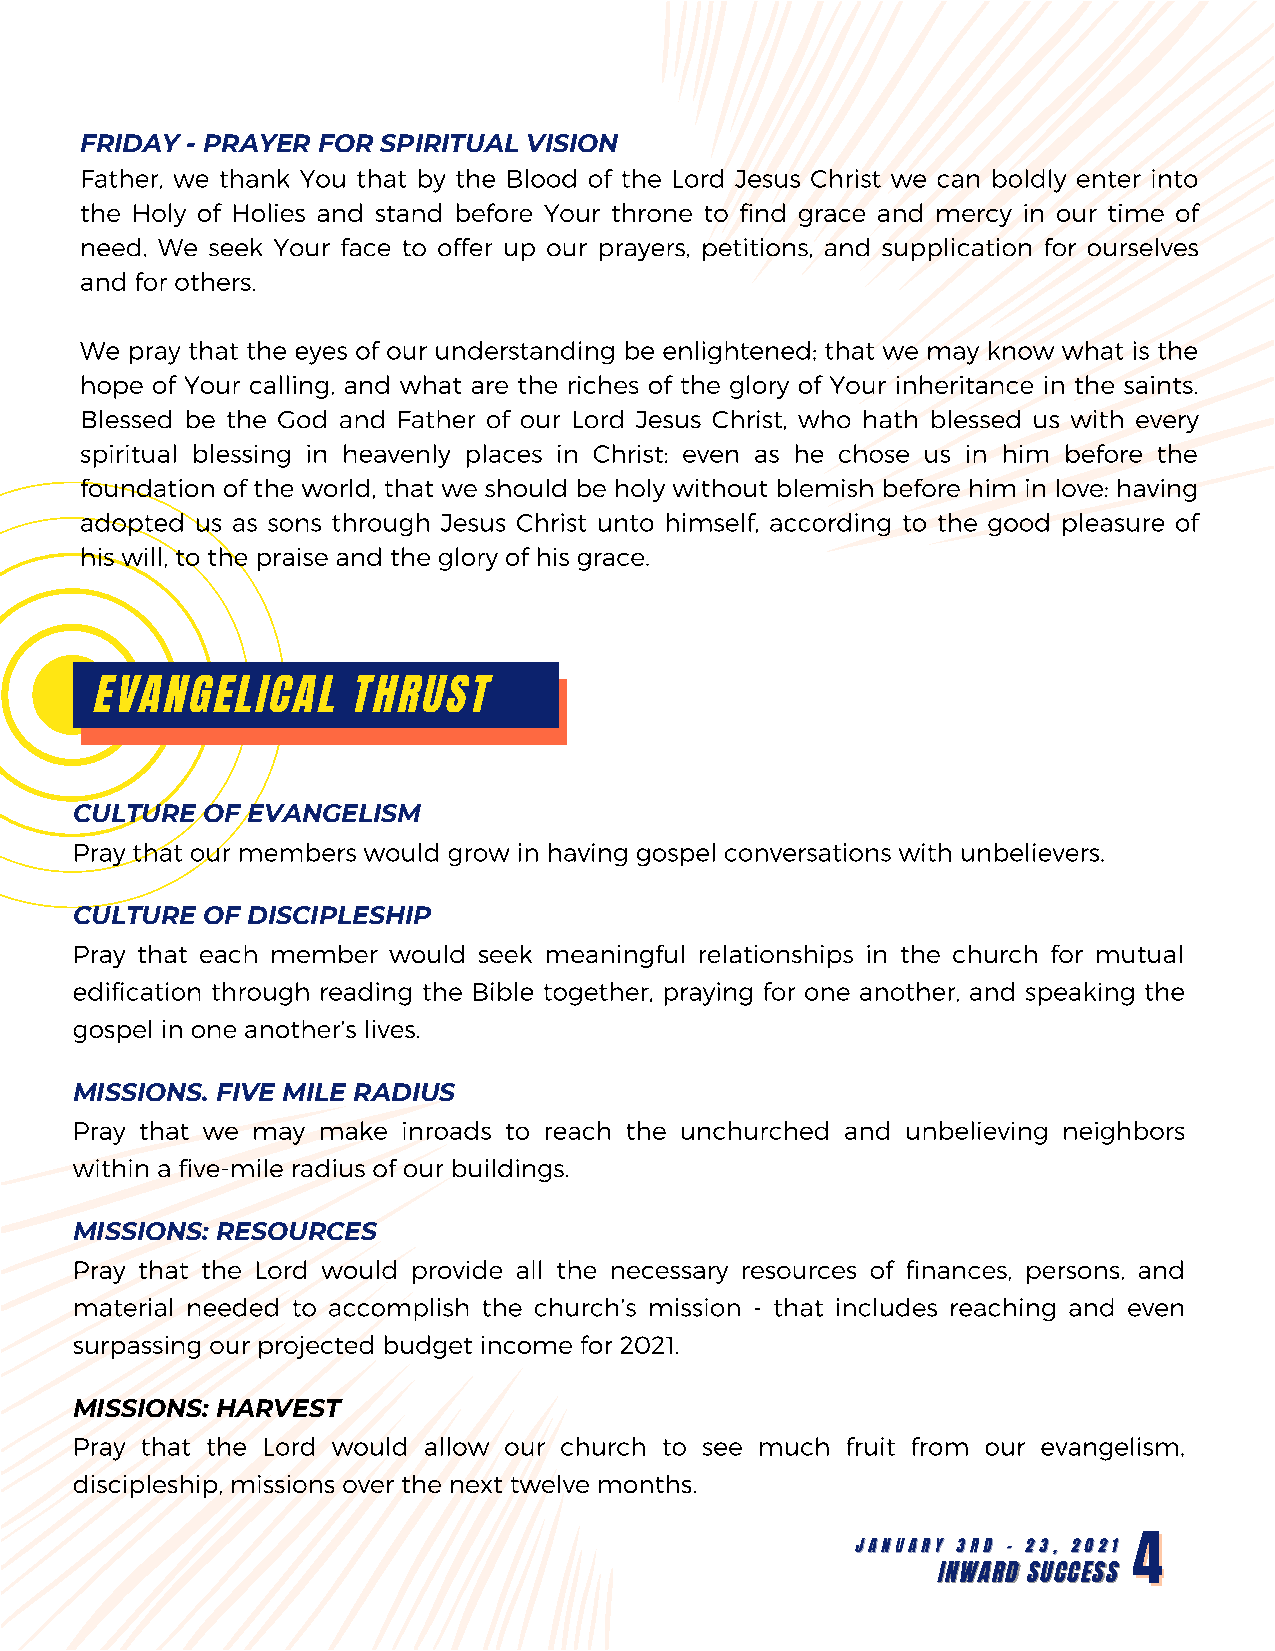
FRIDAY - PRAYER FOR SPIRITUAL VISION
 Father, we thank You that by the Blood of the Lord Jesus Christ we can boldly enter into
 the Holy of Holies and stand before Your throne to find grace and mercy in our time of
 need. We seek Your face to offer up our prayers, petitions, and supplication for ourselves
 and for others.
 We pray that the eyes of our understanding be enlightened; that we may know what is the
 hope of Your calling, and what are the riches of the glory of Your inheritance in the saints.
 Blessed be the God and Father of our Lord Jesus Christ, who hath blessed us with every
 spiritual blessing in heavenly places in Christ: even as he chose us in him before the
 foundation of the world, that we should be holy without blemish before him in love: having
 adopted us as sons through Jesus Christ unto himself, according to the good pleasure of
 his will, to the praise and the glory of his grace.
 EVANGELICAL      THRUST
 CULTURE OF EVANGELISM
 Pray that our members would grow in having gospel conversations with unbelievers.
 CULTURE OF DISCIPLESHIP
 Pray that each member would seek meaningful relationships in the church for mutual
 edification through reading the Bible together, praying for one another, and speaking the
 gospel in one another’s lives.
 MISSIONS. FIVE MILE RADIUS
 Pray that we may make inroads to reach the unchurched and unbelieving neighbors
 within a five-mile radius of our buildings.
 MISSIONS: RESOURCES
 Pray that the Lord would provide all the necessary resources of finances, persons, and
 material needed to accomplish the church’s mission - that includes reaching and even
 surpassing our projected budget income for 2021.
 MISSIONS: HARVEST
 Pray that the Lord would allow our church to see much fruit from our evangelism,
 discipleship, missions over the next twelve months.
 JJAANNUUAARRYY 33RRDD -- 2233,, 22002211 44
 IINNWWAARRDD SSUUCCCCEESSSS